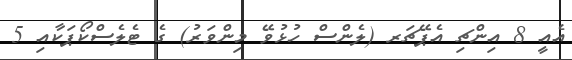
އެއީ 8 އިންޗި އެޕޭޗަރ (ލެންސް ހުޅުވޭ މިންވަރު) ގެ ޓެލެސްކޯޕަކާއި 5